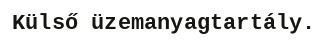
Külső üzemanyagtartály.